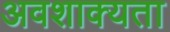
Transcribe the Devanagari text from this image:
अवशाक्यता